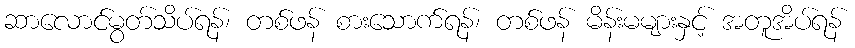
ဆာလောင်မွတ်သိပ်ရန်၊ တစ်ဖန် စားသောက်ရန်၊ တစ်ဖန် မိန်းမများနှင့် အတူအိပ်ရန်